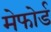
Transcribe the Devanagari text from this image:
मेफोर्ड